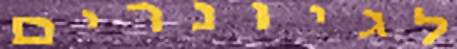
לגיונרים